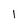
Character: 1